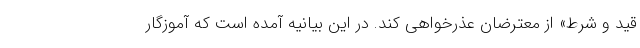
قید و شرط» از معترضان عذرخواهی کند. در این بیانیه آمده است که آموزگار